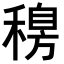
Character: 𥡐